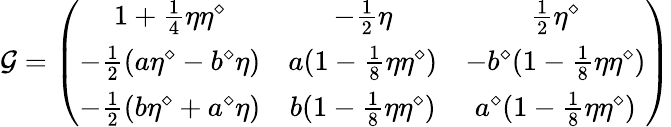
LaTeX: \mathcal{G}=\left(\begin{array}{ccc}{{1+{\frac{1}{4}}\eta\eta^{\diamond}}}&{{-{\frac{1}{2}}\eta}}&{{{\frac{1}{2}}\eta^{\diamond}}}\\ {{-{\frac{1}{2}}(a\eta^{\diamond}-b^{\diamond}\eta)}}&{{a(1-{\frac{1}{8}}\eta\eta^{\diamond})}}&{{-b^{\diamond}(1-{\frac{1}{8}}\eta\eta^{\diamond})}}\\ {{-{\frac{1}{2}}(b\eta^{\diamond}+a^{\diamond}\eta)}}&{{b(1-{\frac{1}{8}}\eta\eta^{\diamond})}}&{{a^{\diamond}(1-{\frac{1}{8}}\eta\eta^{\diamond})}}\end{array}\right)